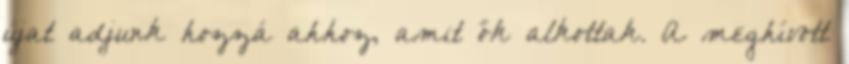
újat adjunk hozzá ahhoz, amit ők alkottak. A meghívott